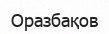
Оразбақов